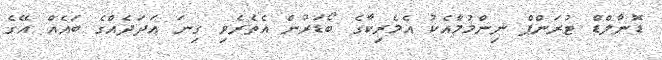
ޑޮނާލްޑް ޓުރަންޕް ނިންމުމާއެކު އެމެރިކާގެ ބޯޑަރުން އެތެރެވި ގިނަ އަދަދެއްގެ ބައެއް އޭގެ